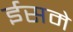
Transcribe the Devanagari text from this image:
ईसमे